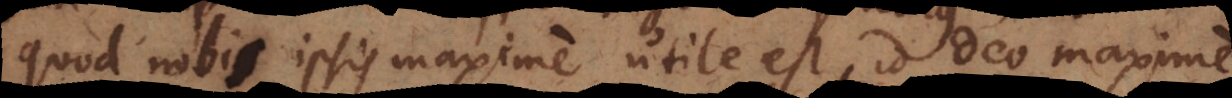
quod nobis ipsis maxime utile est, id Deo maxime